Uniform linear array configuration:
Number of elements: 24
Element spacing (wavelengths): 0.25
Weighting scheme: kaiser
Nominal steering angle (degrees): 15
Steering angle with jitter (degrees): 13.001
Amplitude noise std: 0.05
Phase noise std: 0.05

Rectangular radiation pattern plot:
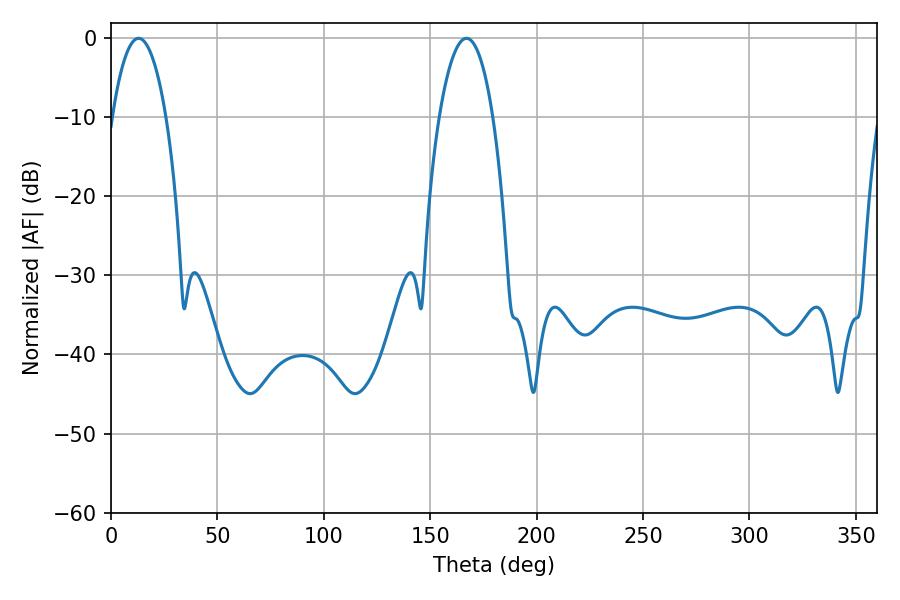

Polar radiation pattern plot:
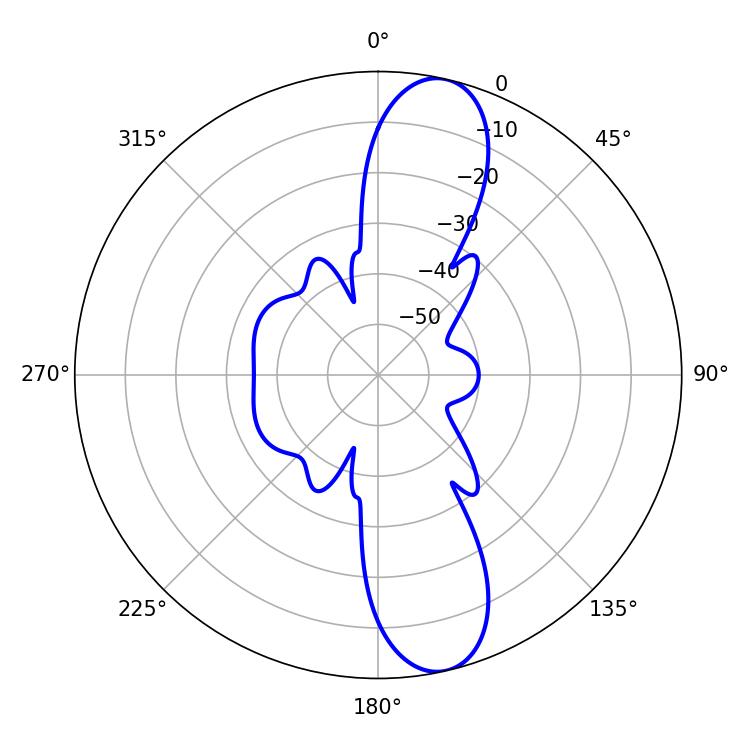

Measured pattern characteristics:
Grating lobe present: FALSE
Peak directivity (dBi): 12.318
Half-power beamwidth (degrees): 14.22
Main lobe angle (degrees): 12.96